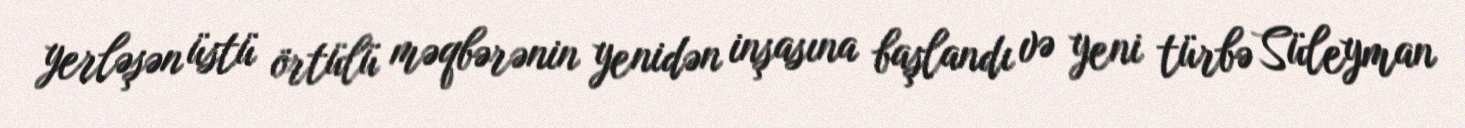
yerləşən üstü örtülü məqbərənin yenidən inşasına başlandı və yeni türbə Süleyman